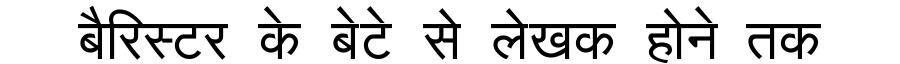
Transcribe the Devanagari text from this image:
बैरिस्टर के बेटे से लेखक होने तक